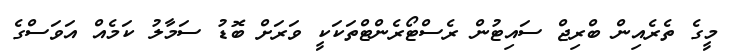
މީގެ ތެރެއިން ބްރިޖް ސައިޓުން ރެސްޓޯރެންޓްތަކަކީ ވަރަށް ބޮޑު ސަމާލު ކަމެއް އަވަސްގެ